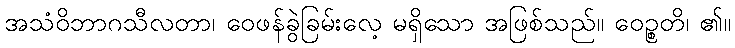
အသံဝိဘာဂသီလတာ၊ ဝေဖန်ခွဲခြမ်းလေ့ မရှိသော အဖြစ်သည်။ ဝေဉ္စတိ၊ ၏။